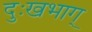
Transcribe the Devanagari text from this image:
दुःखभाग्